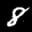
Label: 8